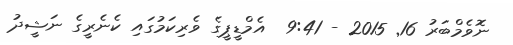
ނޮވެމްބަރު 16